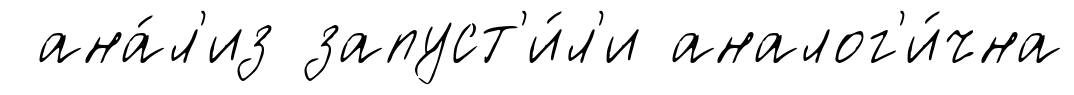
ана́л'из запуст'и́л'и аналог'и́чна